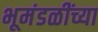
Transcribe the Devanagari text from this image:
भूमंडळींच्या